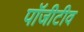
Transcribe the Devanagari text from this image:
पॉजीटीव